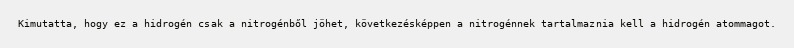
Kimutatta, hogy ez a hidrogén csak a nitrogénből jöhet, következésképpen a nitrogénnek tartalmaznia kell a hidrogén atommagot.